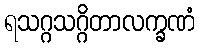
ရသဂ္ဂသဂ္ဂိတာလက္ခဏံ